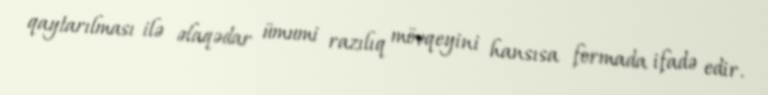
qaytarılması ilə əlaqədar ümumi razılıq mövqeyini hansısa formada ifadə edir.